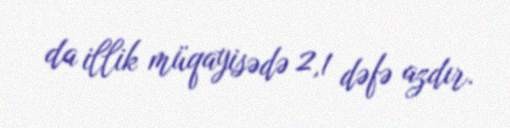
da illik müqayisədə 2,1 dəfə azdır.